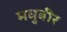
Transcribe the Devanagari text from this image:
मधुबीर